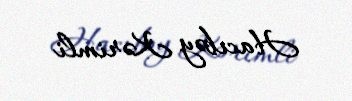
Hacıbəy Kərimli